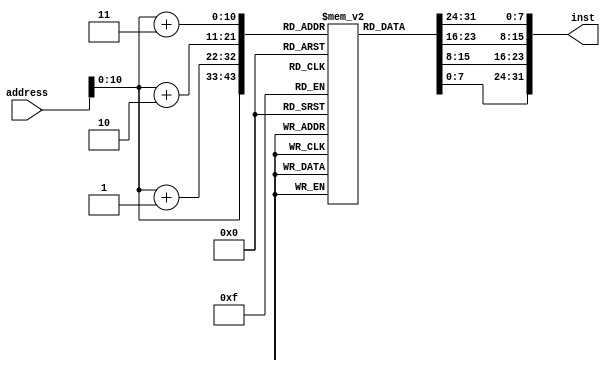
module IMEM (
    address, inst
);

input [31:0] address;
output [31:0] inst;

reg [7:0] array[1024:0];

//hng dn 32bit c tng hp t cc gi tr trong 4 a ch lin tip
assign inst = {array[address+3], array[address+2], array[address+1], array[address]};

initial begin
// add x18,x19,x10
array[0] = 8'b00110011;
array[1] = 8'b10001001;
array[2] = 8'b10101001;
array[3] = 8'b00000000;
// addi x15,x1,-50
array[4] = 8'b10010011;
array[5] = 8'b10000111;
array[6] = 8'b11100000;
array[7] = 8'b11111100;
// sw x14, 8(x2)
array[8] = 8'b00100011;
array[9] = 8'b00100100;
array[10] = 8'b11100001;
array[11] = 8'b00000000;
// lw x14, 8(x2)
array[12]  = 8'b00000011;
array[13]  = 8'b00100111;
array[14] = 8'b10000001;
array[15] = 8'b00000000;

// // bne x19,x10,16
// array[16] = 8'b01100011;
// array[17] = 8'b10011000;
// array[18] = 8'b10101001;
// array[19] = 8'b00000000;

//jalr x15,x1,-16
// array[16] = 8'b01100111;
// array[17] = 8'b11000000;
// array[18] = 8'b00001011;
// array[19] = 8'b00000001;

// //jal x5, 16
// array[16] = 8'b11101111;
// array[17] = 8'b00000010;
// array[18] = 8'b00000000;
// array[19] = 8'b00000001;

// lui x10, 0xEDAB3
array[16] = 8'b00110111;
array[17] = 8'b00110101;
array[18] = 8'b10101011;
array[19] = 8'b11101101;

end


endmodule